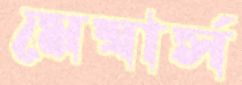
মেম্বার্স